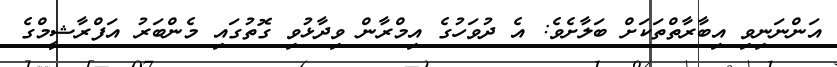
އަންނަނިވި އިބާރާތްތަކަށް ބަލާށެވެ: އެ ދުވަހުގެ އިމްރާން ވިދާޅުވި ގޮތުގައި މެންބަރު އަފްރާޝީމްގެ